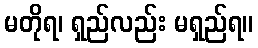
မတိုရ၊ ရှည်လည်း မရှည်ရ။